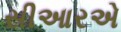
સીઆરએ